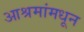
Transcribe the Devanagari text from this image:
आश्रमांमधून